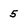
Character: 5